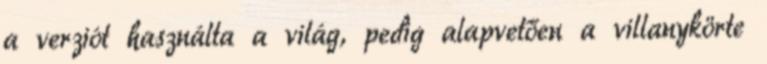
a verziót használta a világ, pedig alapvetően a villanykörte